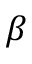
\beta